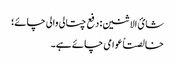
شائ الاثنین: دفع چتالی والی چائے؛
خالصتاً عوامی چائے ہے۔